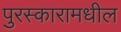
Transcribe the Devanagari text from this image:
पुरस्कारामधील